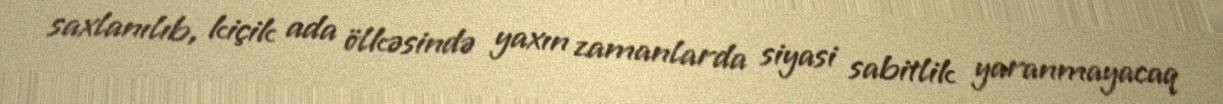
saxlanılıb, kiçik ada ölkəsində yaxın zamanlarda siyasi sabitlik yaranmayacaq